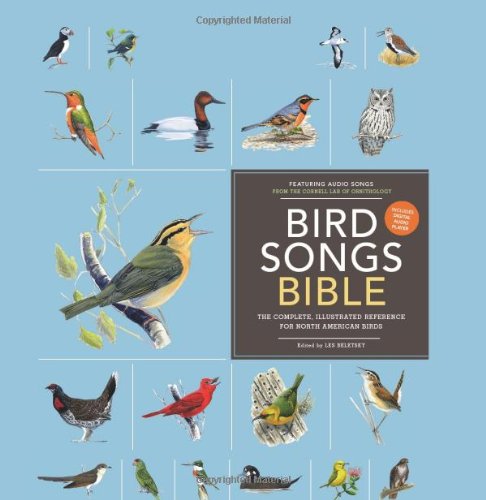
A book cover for Bird Songs Bible: The Complete, Illustrated Reference for North American Birds; Sports & Outdoors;